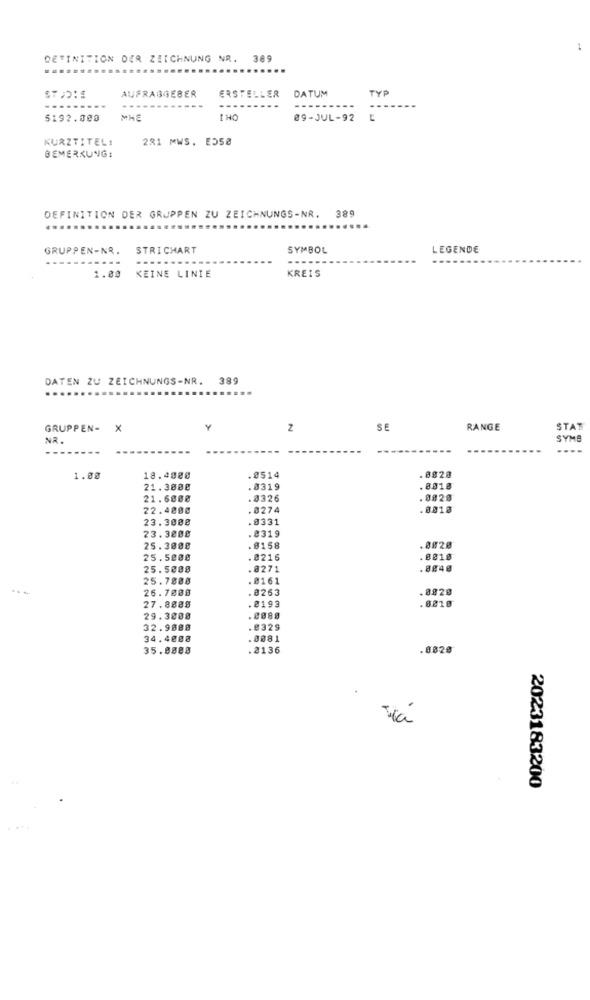
DEFINITION DER ZEICHNUNG NR. 389
.........
AUFRAGGEBER
ERSTELLER DATUM
TYP
----
$192.000
MHE
I HO
09-JUL-92
KURZTITEL!
281 MWS. E55₴
BEMERKUNG:
DEFINITION DER GRUPPEN ZU ZEICHNUNGS-NR. 389
..
GRUPPEN-NR.
STRICHART
SYMBOL
LEGENDE
1.00
KEINE LINIE
KREIS
DATEN ZU ZEICHNUNGS-NR. 389
GRUPPEN- X
Z
SE
RANGE
STAT
NR.
SYMB
. 8928
1.00
18.4880
.0514
21.3000
.8319
.0018
21.6000
.8326
. 0828
22.4000
.0274
.0018
23.3008
.8331
23.3008
.8319
25.3888
.8158
.0820
25.580e
. 8216
.8018
25.5888
.8271
. 8848
25.7808
.8161
26.7088
.8263
.0820
27. 8888
.2193
.8819
29.3088
.0988
32.9888
.8329
34.4000
.0081
35.8888
. 2136
.8828
2023183200